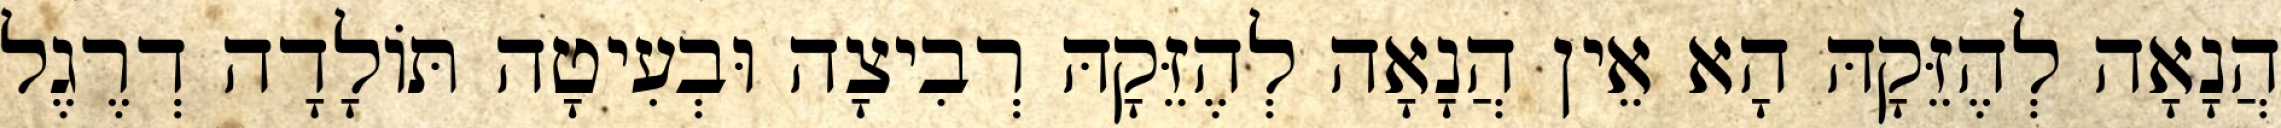
הֲנָאָה לְהֶזֵּקָהּ הָא אֵין הֲנָאָה לְהֶזֵּקָהּ רְבִיצָה וּבְעִיטָה תּוֹלָדָה דְרֶגֶל